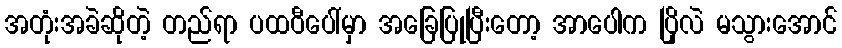
အတုံးအခဲဆိုတဲ့ တည်ရာ ပထဝီပေါ်မှာ အခြေပြုပြီးတော့ အာပေါက ပြိုလဲ မသွားအောင်